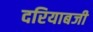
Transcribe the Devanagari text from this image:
दरियाबजी